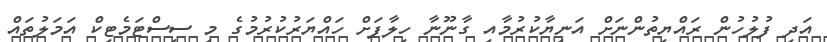
އަދި ފުލުހުން ރައްޔިތުންނަށް އަނިޔާކުރުމާއި ގާނޫނާ ހިލާފަށް ހައްޔަރުކުރުމުގެ މި ސިސްޓަމެޓިކް އަމަލުތައް